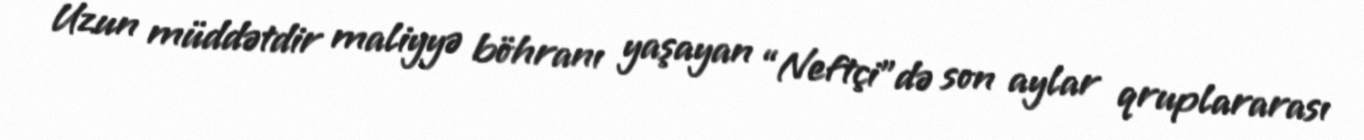
Uzun müddətdir maliyyə böhranı yaşayan “Neftçi”də son aylar qruplararası